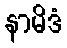
နာမိဒံ